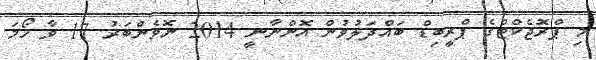
މި ޕްރޮޖެކްޓްގެ ޕްރީބިޑް ބައްދަލުވުން އޮންނާނީ 2014 ނޮވެންބަރު 17 ވާ ހޯމަ